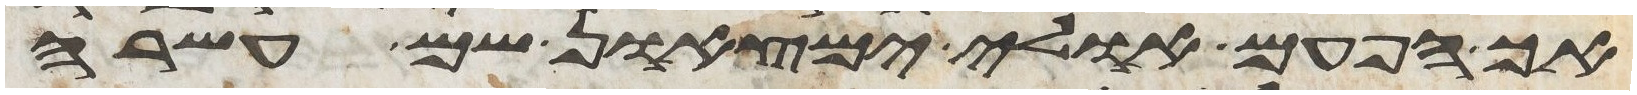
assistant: אך הפעם אולי ימצאון שם עשרה